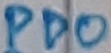
Text: PD0